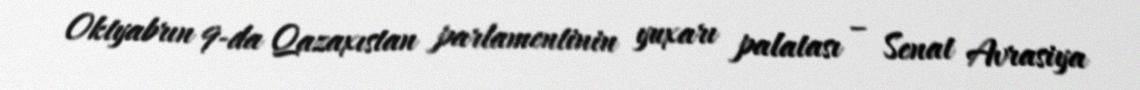
Oktyabrın 9-da Qazaxıstan parlamentinin yuxarı palatası – Senat Avrasiya